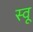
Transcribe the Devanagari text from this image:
स्वू